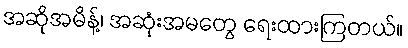
အဆိုအမိန့်၊ အဆုံးအမတွေ ရေးထားကြတယ်။